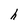
Character: h